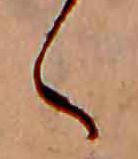
く